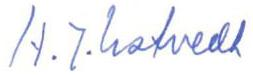
H.J. Ustvedt